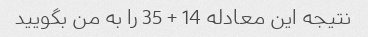
نتیجه این معادله 14 + 35 را به من بگویید